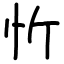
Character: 忻